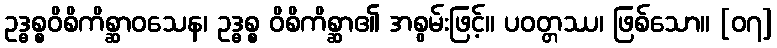
ဥဒ္ဓစ္စဝိစိကိစ္ဆာဝသေန၊ ဥဒ္ဓစ္စ ဝိစိကိစ္ဆာ၏ အစွမ်းဖြင့်။ ပဝတ္တဿ၊ ဖြစ်သော။ [၀၇]